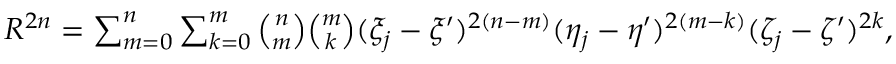
\begin{array} { r } { R ^ { 2 n } = \sum _ { m = 0 } ^ { n } \sum _ { k = 0 } ^ { m } \binom { n } { m } \binom { m } { k } ( \xi _ { j } - \xi ^ { \prime } ) ^ { 2 ( n - m ) } ( \eta _ { j } - \eta ^ { \prime } ) ^ { 2 ( m - k ) } ( \zeta _ { j } - \zeta ^ { \prime } ) ^ { 2 k } , } \end{array}